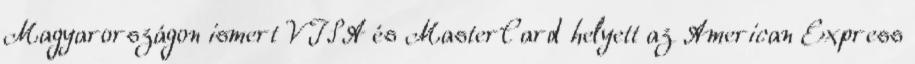
Magyarországon ismert VISA és MasterCard helyett az American Express